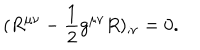
( R ^ { \mu \nu } - \frac { 1 } { 2 } g ^ { \mu \nu } R ) _ { ; \nu } = 0 .